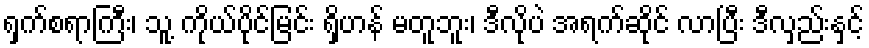
ရှက်စရာကြီး၊ သူ့ ကိုယ်ပိုင်မြင်း ရှိဟန် မတူဘူး၊ ဒီလိုပဲ အရက်ဆိုင် လာပြီး ဒီလှည်းနှင့်